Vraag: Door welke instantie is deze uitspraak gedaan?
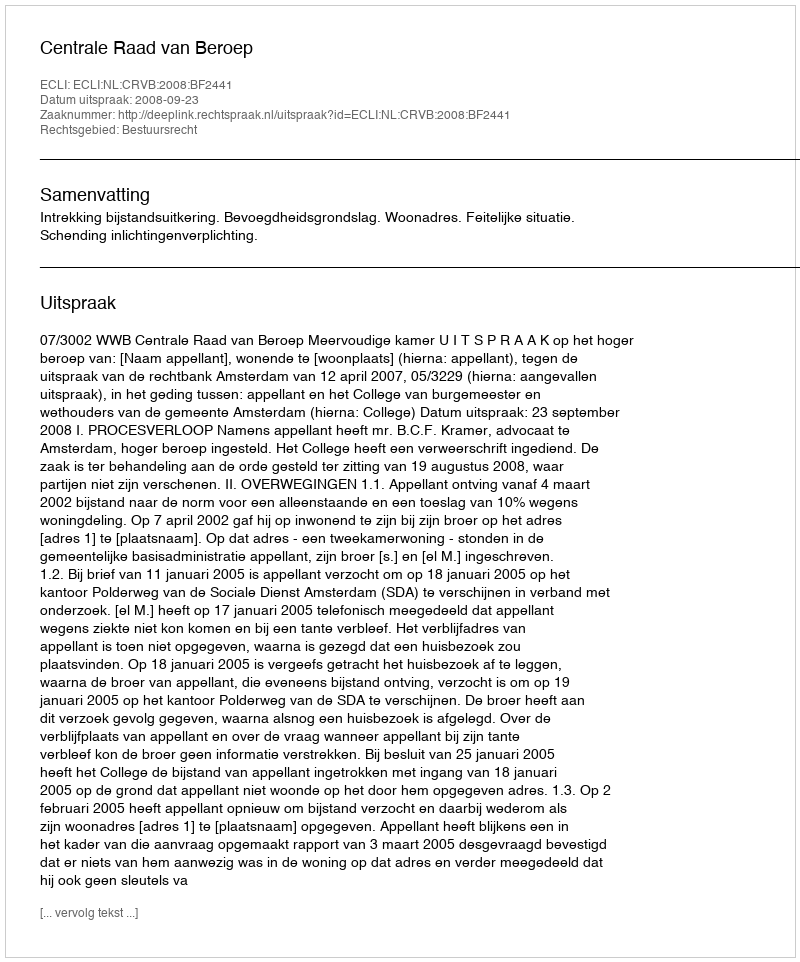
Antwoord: Centrale Raad van Beroep